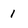
Character: 1